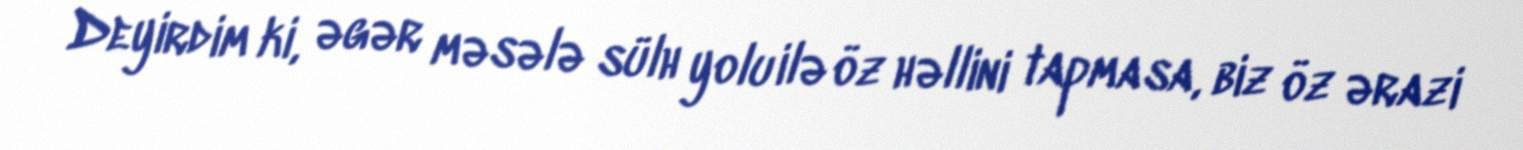
Deyirdim ki, əgər məsələ sülh yolu ilə öz həllini tapmasa, biz öz ərazi